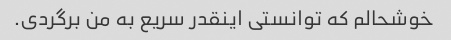
خوشحالم که توانستی اینقدر سریع به من برگردی.